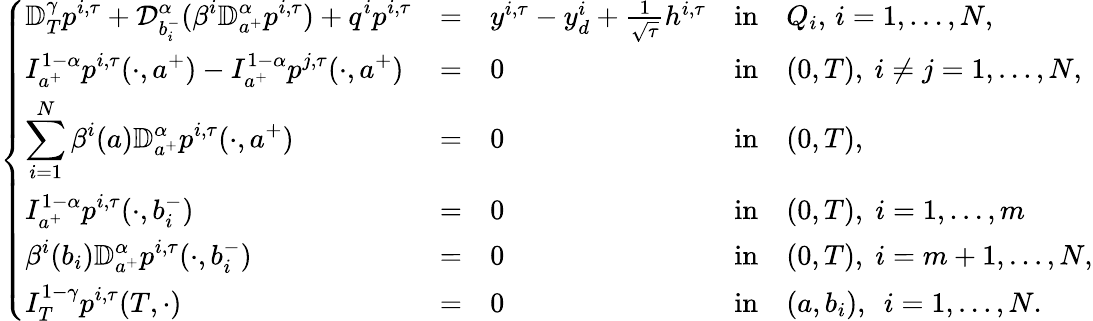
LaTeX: \left\{ \begin{array}{lllllllllllllllll}{\displaystyle\mathbb{D}_{T}^{\gamma}p^{i,\tau}+\mathcal{D}_{b_{i}^{-}}^{\alpha}(\beta^{i}\mathbb{D}_{a^{+}}^{\alpha}p^{i,\tau})+q^{i}p^{i,\tau}}&{=}&{y^{i,\tau}-y_{d}^{i}+\frac{1}{\sqrt{\tau}}h^{i,\tau}}&{\mathrm{in}}&{Q_{i},\, i=1,\dots,N,}\\ {\displaystyle I_{a^{+}}^{1-\alpha}p^{i,\tau}(\cdot,a^{+})-I_{a^{+}}^{1-\alpha}p^{j,\tau}(\cdot,a^{+})}&{=}&{0}&{\mathrm{in}}&{(0,T),~i\neq j=1,\dots,N,}\\ {\displaystyle\sum_{i=1}^{N}\beta^{i}(a)\mathbb{D}_{a^{+}}^{\alpha}p^{i,\tau}(\cdot,a^{+})}&{=}&{0}&{\mathrm{in}}&{(0,T),}\\ {\displaystyle I_{a^{+}}^{1-\alpha}p^{i,\tau}(\cdot,b_{i}^{-})}&{=}&{0}&{\mathrm{in}}&{(0,T),\; i=1,\dots,m}\\ {\displaystyle\beta^{i}(b_{i})\mathbb{D}_{a^{+}}^{\alpha}p^{i,\tau}(\cdot,b_{i}^{-})}&{=}&{0}&{\mathrm{in}}&{(0,T),\; i=m+1,\dots,N,}\\ {\displaystyle I_{T}^{1-\gamma}p^{i,\tau}(T,\cdot)}&{=}&{0}&{\mathrm{in}}&{(a,b_{i}),~~i=1,\dots,N.}\end{array}\right.